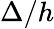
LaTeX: \Delta/h